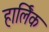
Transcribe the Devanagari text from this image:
हार्लिक